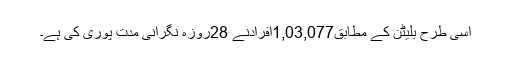
اسی طرح بلیٹن کے مطابق1,03,077اَفرادنے 28روزہ نگرانی مدت پوری کی ہے۔